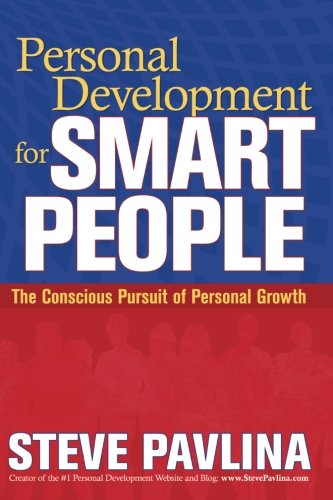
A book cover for Personal Development for Smart People: The Conscious Pursuit of Personal Growth; Steve Pavlina; Health, Fitness & Dieting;